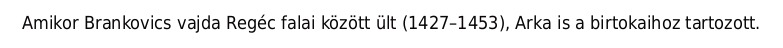
Amikor Brankovics vajda Regéc falai között ült (1427–1453), Arka is a birtokaihoz tartozott.